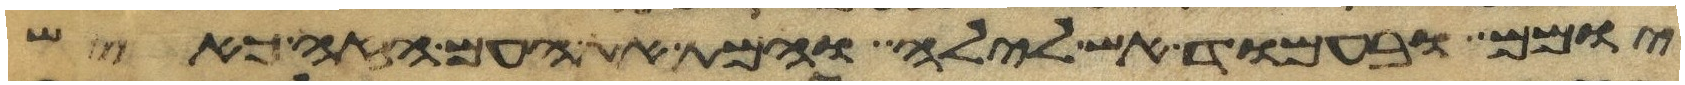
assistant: יומם ובעמוד אש לילה והמת את העם הזה כאיש